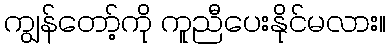
ကျွန်တော့်ကို ကူညီပေးနိုင်မလား။